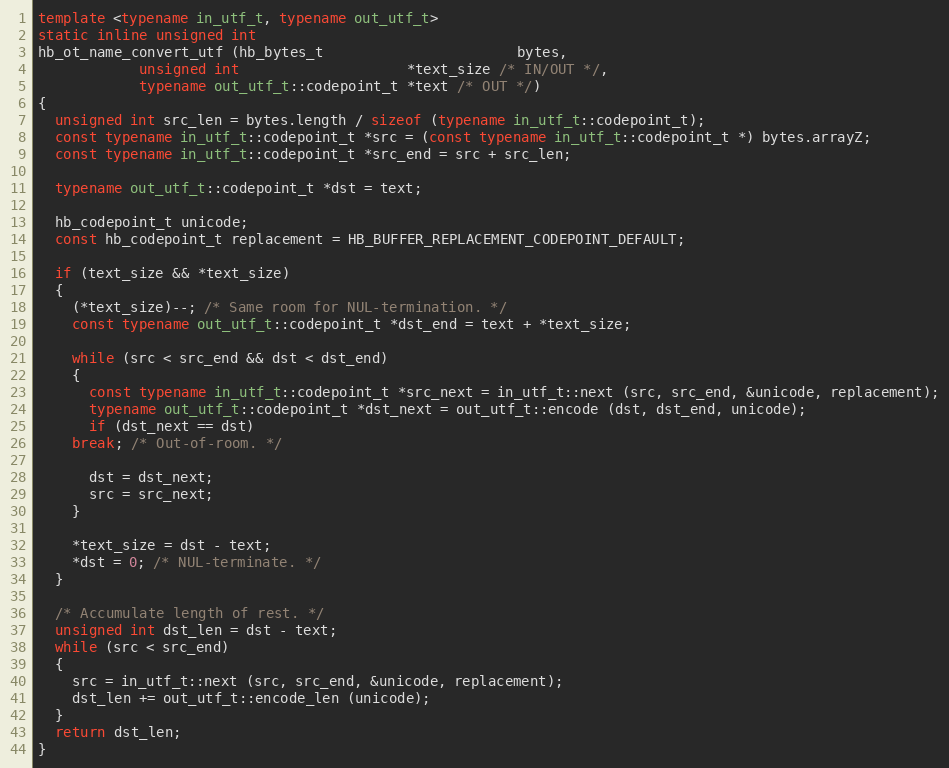
Language: C++
template <typename in_utf_t, typename out_utf_t>
static inline unsigned int
hb_ot_name_convert_utf (hb_bytes_t                       bytes,
			unsigned int                    *text_size /* IN/OUT */,
			typename out_utf_t::codepoint_t *text /* OUT */)
{
  unsigned int src_len = bytes.length / sizeof (typename in_utf_t::codepoint_t);
  const typename in_utf_t::codepoint_t *src = (const typename in_utf_t::codepoint_t *) bytes.arrayZ;
  const typename in_utf_t::codepoint_t *src_end = src + src_len;

  typename out_utf_t::codepoint_t *dst = text;

  hb_codepoint_t unicode;
  const hb_codepoint_t replacement = HB_BUFFER_REPLACEMENT_CODEPOINT_DEFAULT;

  if (text_size && *text_size)
  {
    (*text_size)--; /* Same room for NUL-termination. */
    const typename out_utf_t::codepoint_t *dst_end = text + *text_size;

    while (src < src_end && dst < dst_end)
    {
      const typename in_utf_t::codepoint_t *src_next = in_utf_t::next (src, src_end, &unicode, replacement);
      typename out_utf_t::codepoint_t *dst_next = out_utf_t::encode (dst, dst_end, unicode);
      if (dst_next == dst)
	break; /* Out-of-room. */

      dst = dst_next;
      src = src_next;
    }

    *text_size = dst - text;
    *dst = 0; /* NUL-terminate. */
  }

  /* Accumulate length of rest. */
  unsigned int dst_len = dst - text;
  while (src < src_end)
  {
    src = in_utf_t::next (src, src_end, &unicode, replacement);
    dst_len += out_utf_t::encode_len (unicode);
  }
  return dst_len;
}